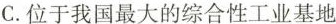
C.位于我国最大的综合性工业基地